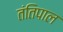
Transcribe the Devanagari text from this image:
तंतिपाल